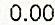
0.00